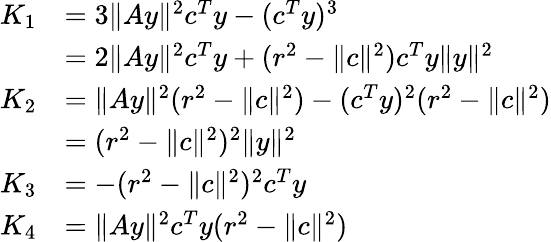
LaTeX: \begin{array}{rl}{K_{1}}&{=3\| Ay\| ^{2}c^{T}y-(c^{T}y)^{3}}\\ &{=2\| Ay\| ^{2}c^{T}y+(r^{2}-\| c\| ^{2})c^{T}y\| y\| ^{2}}\\ {K_{2}}&{=\| Ay\| ^{2}(r^{2}-\| c\| ^{2})-(c^{T}y)^{2}(r^{2}-\| c\| ^{2})}\\ &{=(r^{2}-\| c\| ^{2})^{2}\| y\| ^{2}}\\ {K_{3}}&{=-(r^{2}-\| c\| ^{2})^{2}c^{T}y}\\ {K_{4}}&{=\| Ay\| ^{2}c^{T}y(r^{2}-\| c\| ^{2})}\end{array}